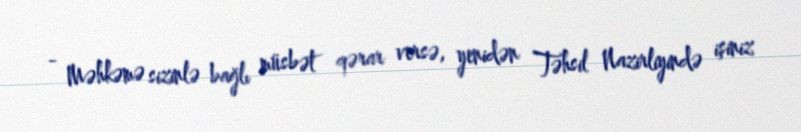
- Məhkəmə sizinlə bağlı müsbət qərar versə, yenidən Təhsil Nazirliyində işiniz